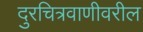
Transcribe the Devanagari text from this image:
दुरचित्रवाणीवरील